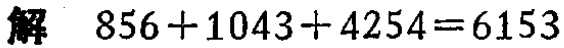
解 \(856 + 1043 + 4254 = 6153\)